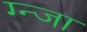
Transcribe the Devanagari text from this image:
ग्न्जा